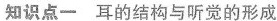
知识点一 耳的结构与听觉的形成